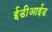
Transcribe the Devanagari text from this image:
ईडीआईड